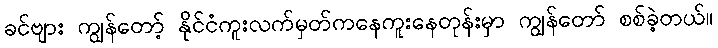
ခင်ဗျား ကျွန်တော့် နိုင်ငံကူးလက်မှတ်ကနေကူးနေတုန်းမှာ ကျွန်တော် စစ်ခဲ့တယ်။